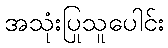
အသုံးပြုသူပေါင်း